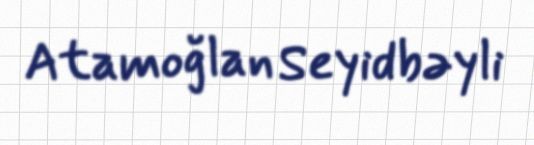
Atamoğlan Seyidbəyli